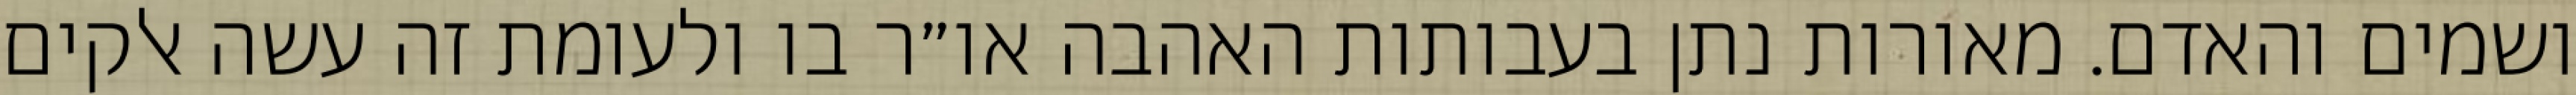
ושמים והאדם. מאורות נתן בעבותות האהבה או״ר בו ולעומת זה עשה אלקים